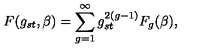
F ( g _ { s t } , \beta ) = \sum _ { g = 1 } ^ { \infty } g _ { s t } ^ { 2 ( g - 1 ) } F _ { g } ( \beta ) ,